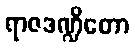
ရာဇဒဏ္ဍိတော